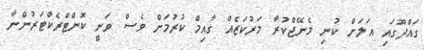
ގައްދޫގައި އަލަށް ކުނި މެނޭޖްކުރާ މަރުކަޒެއް ގާއިމް ކުރުމަށް ވެސް ވަނީ ކޮންޓްރެކްޓަރުންނާ